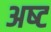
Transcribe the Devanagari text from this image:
अष्‍ट